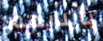
بأيديهم